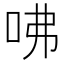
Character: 咈